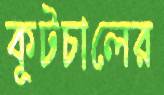
কূটচালের